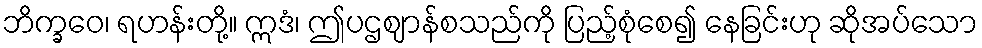
ဘိက္ခဝေ၊ ရဟန်းတို့။ ဣဒံ၊ ဤပဌဈာန်စသည်ကို ပြည့်စုံစေ၍ နေခြင်းဟု ဆိုအပ်သော